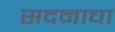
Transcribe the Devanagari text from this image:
सदनाचा